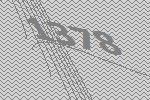
1378